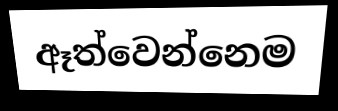
ඈත්වෙන්නෙම